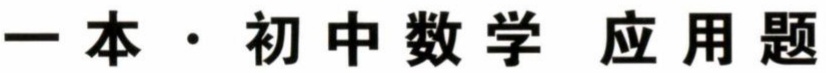
一本 \cdot 初中数学 应用题